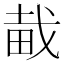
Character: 𤱱